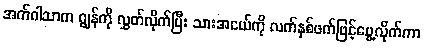
အက်ဂါသာက ဂျွန်ကို လွှတ်လိုက်ပြီး သားအငယ်ကို လက်နှစ်ဖက်ဖြင့်ပွေ့လိုက်ကာ